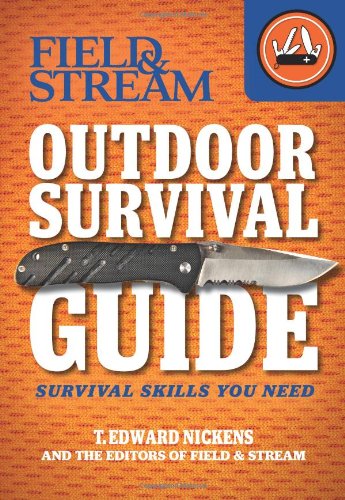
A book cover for Field & Stream Outdoor Survival Guide: Survival Skills You Need (Field & Stream Skills Guide); T. Edward Nickens; Sports & Outdoors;